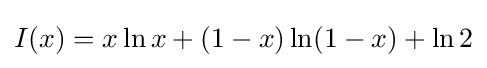
I(x)=x\ln {x}+(1-x)\ln(1-x)+\ln {2}